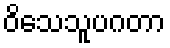
ဝိသေသူပဂတာ